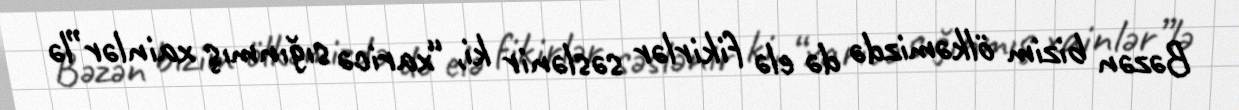
Bəzən bizim ölkəmizdə də elə fikirlər səslənir ki, “xaricə sığınmış xainlər”lə